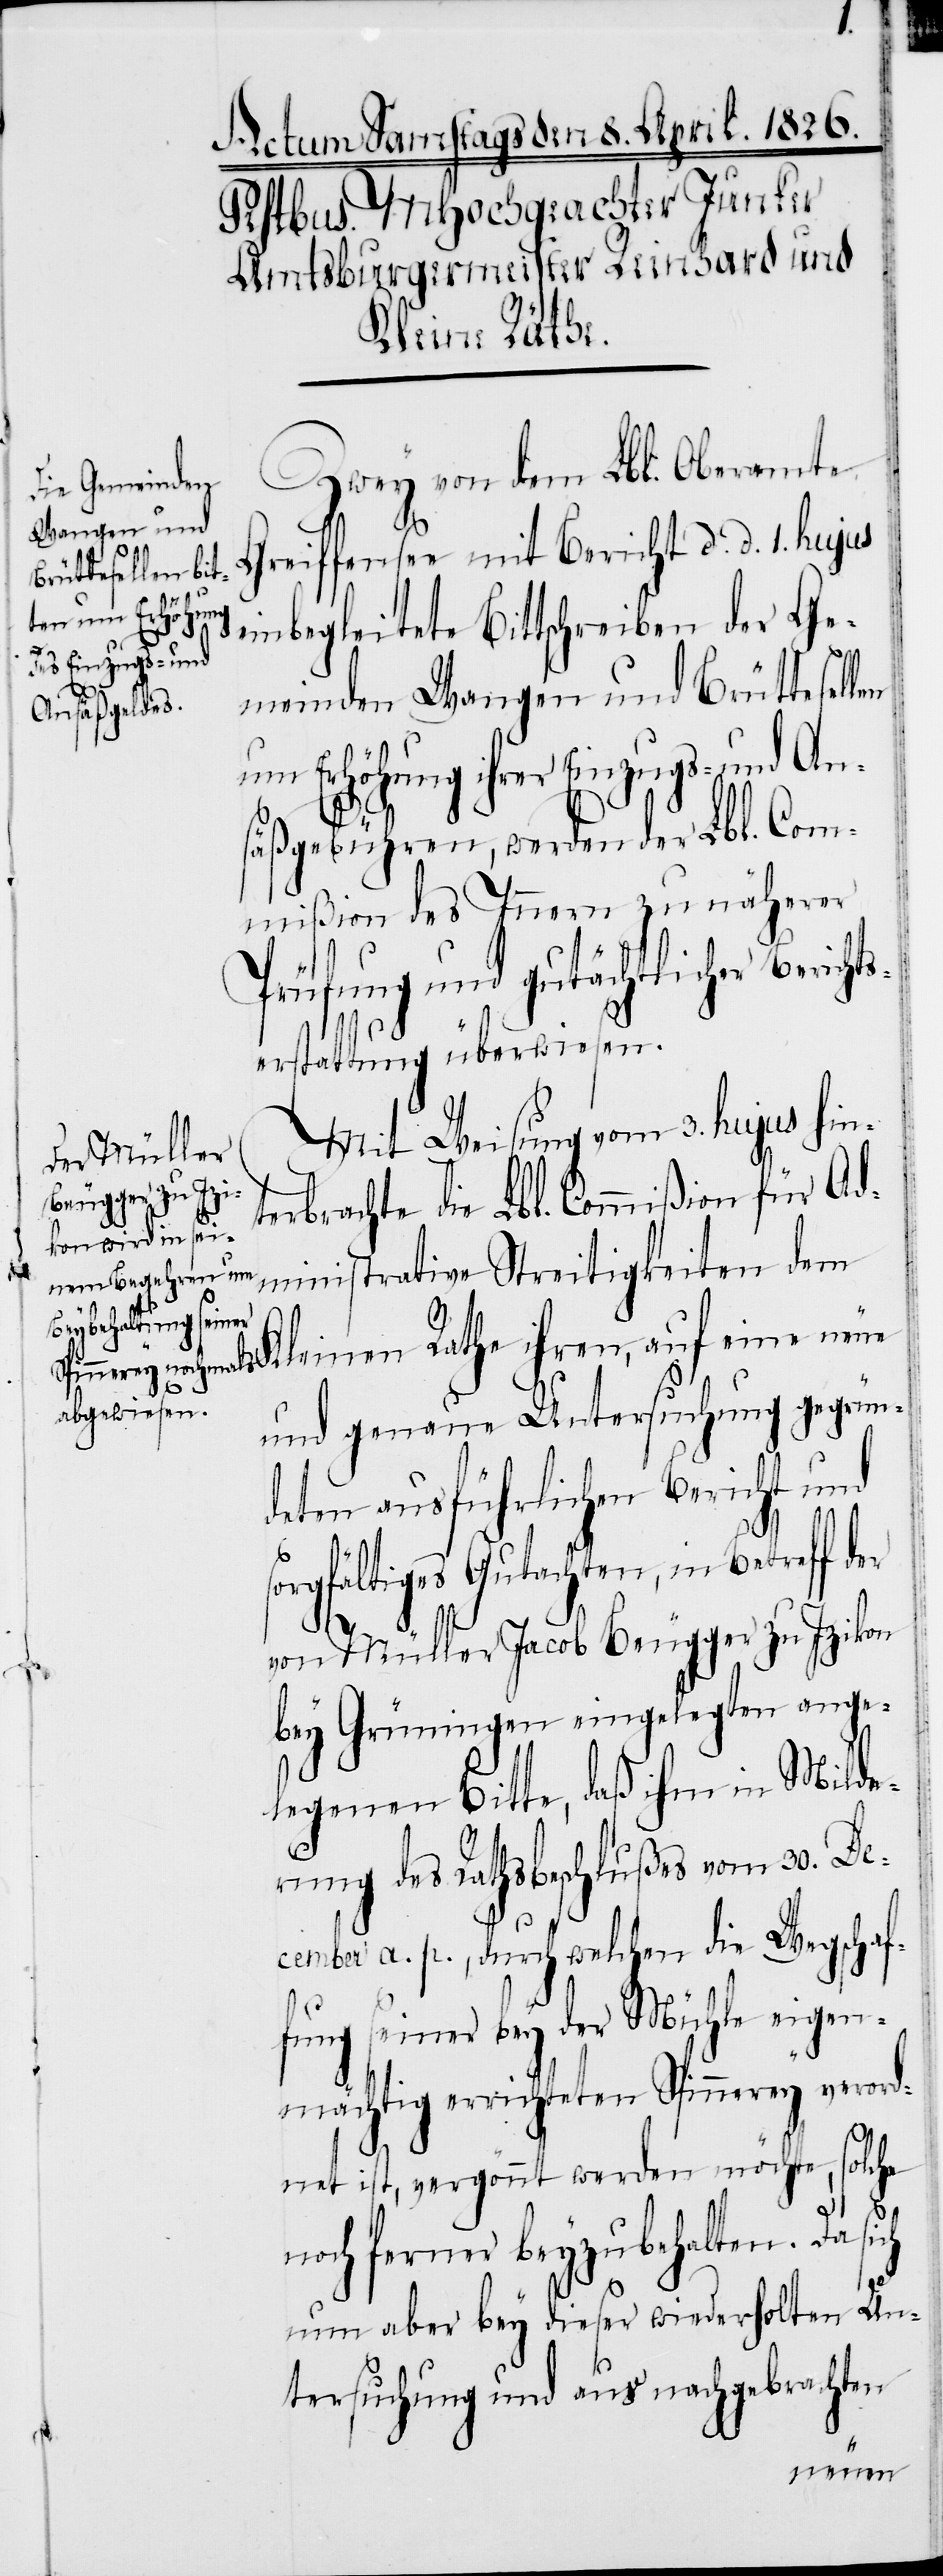
ts¬
Zwey von dem Lbl. Oberamte
Greiffensee mit Bericht d. d. 1. hujus
einbegleitete Bittschreiben der Ge¬
meinden Wangen und Brüttesellen
um Erhöhung ihrer Einzugs- und An¬
säßgebühren, werden der Lbl. Com¬
mißion des Innern zu näherer
Prüfung und gutächtlicher Berich¬
erstattung überwiesen.
Mit Weisung vom 3. hujus hin¬
terbrachte die Lbl. Commißion für Ad¬
ministrative Streitigkeiten d¬
em Kleinen Rathe ihren, auf eine neue
und genaue Untersuchung gegrün¬
deten ausführlichen Bericht und
sorgfältiges Gutachten, in Betreff der
von Müller Jacob Beugger zu Izikon
bey Grüningen eingelegten ange¬
legenen Bitte, daß ihm in Milde¬
rung des Rathsbeschlußes vom 30. De¬
cember a. p., durch welchen die Wegschaf¬
fung seiner bey der Mühle eigen¬
mächtig errichteten Spinnerey verord¬
net ist, vergönnt werden möchte, solche
noch ferner beyzubehalten. Da sich
nun aber bey dieser wiederholten Un¬
tersuchung und aus nachgebrachten